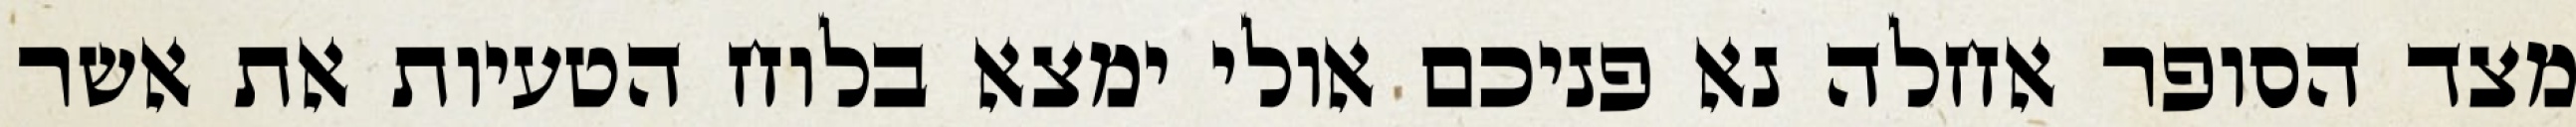
מצד הסופר אחלה נא פניכם אולי ימצא בלוח הטעיות את אשר